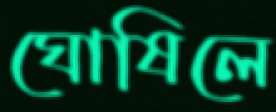
ঘোষিলে